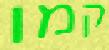
קמו